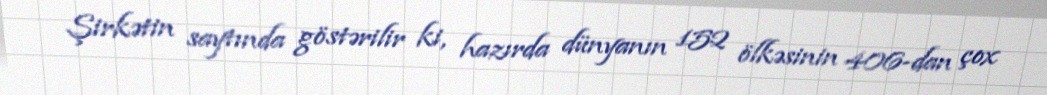
Şirkətin saytında göstərilir ki, hazırda dünyanın 152 ölkəsinin 406-dan çox